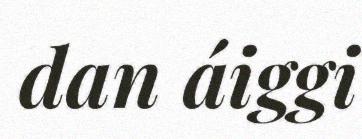
dan áiggi